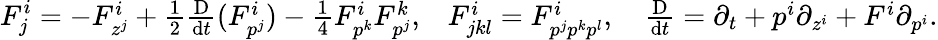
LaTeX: F_{j}^{i}=\textstyle{-F_{z^{j}}^{i}+\frac{1}{2}\textstyle{\frac{\mathrm D}{\mathrm{d}t}}(F_{p^{j}}^{i})-\frac{1}{4}F_{p^{k}}^{i}F_{p^{j}}^{k},}\quad F_{jkl}^{i}=F_{p^{j}p^{k}p^{l}}^{i},\quad\textstyle{\frac{\mathrm D}{\mathrm{d}t}}=\partial_{t}+p^{i}\partial_{z^{i}}+F^{i}\partial_{p^{i}}.